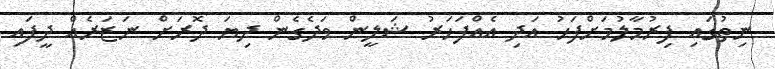
ނިތުގައި ފިރުމާލުމަށްފަހު އަދި އެއްފަހަރު ޝަލީން ވަދެގެން ދިޔަ ދޮރަށް ނަޒަރެއް ދީފައި